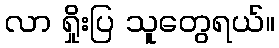
လာ ရှိုးပြ သူတွေရယ်။